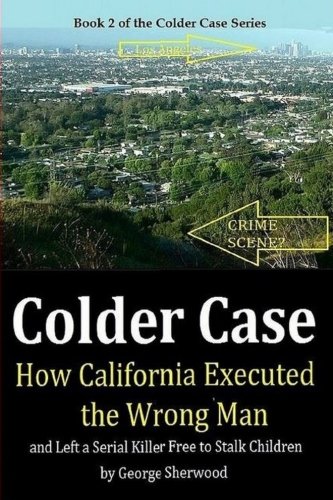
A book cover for Colder Case: How California Executed the Wrong Man and Left a Serial Killer Free to Stalk Children; George Sherwood; Law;